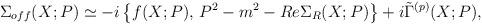
LaTeX: \begin{align*}\Sigma_{off} (X; P) \simeq - i \left\{ f(X; P), \, P^2 - m^2 - Re \Sigma_R (X; P) \right\} + i \tilde{\Gamma}^{(p)} (X; P) , \end{align*}